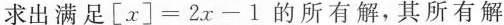
求出满足$$[x]=2x-1$$的所有解，其所有解